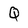
Character: Q